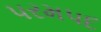
પરમપદ